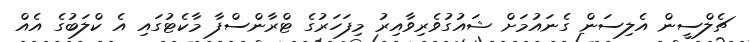
ޗެލްސީން އެލިސަން ގެނައުމަށް ޝައުގުވެރިވާއިރު މިފަހަރުގެ ޓްރާންސްފާ މާކެޓުގައި އެ ކްލަބުގެ އެއް